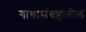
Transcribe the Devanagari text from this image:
गाथासंग्रहातील